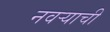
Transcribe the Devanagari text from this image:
नवऱ्याची